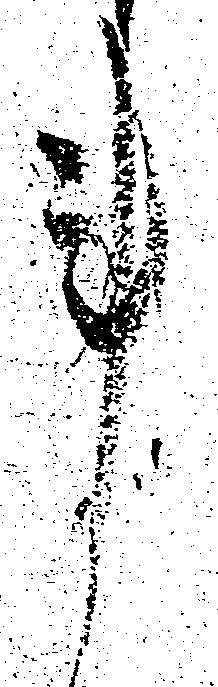
事